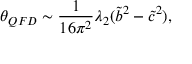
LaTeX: \theta _ { Q F D } \sim \frac { 1 } { 1 6 \pi ^ { 2 } } \lambda _ { 2 } ( \tilde { b } ^ { 2 } - \tilde { c } ^ { 2 } ) ,